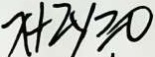
x + 2 y \geq 0